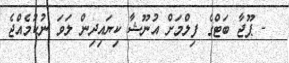
- ޕޫޖާ ބަޓްގެ ފިލްމަށް އުނޫޝާ ކިޔައިދިން ލަވަ ނުކުމެއްޖެ